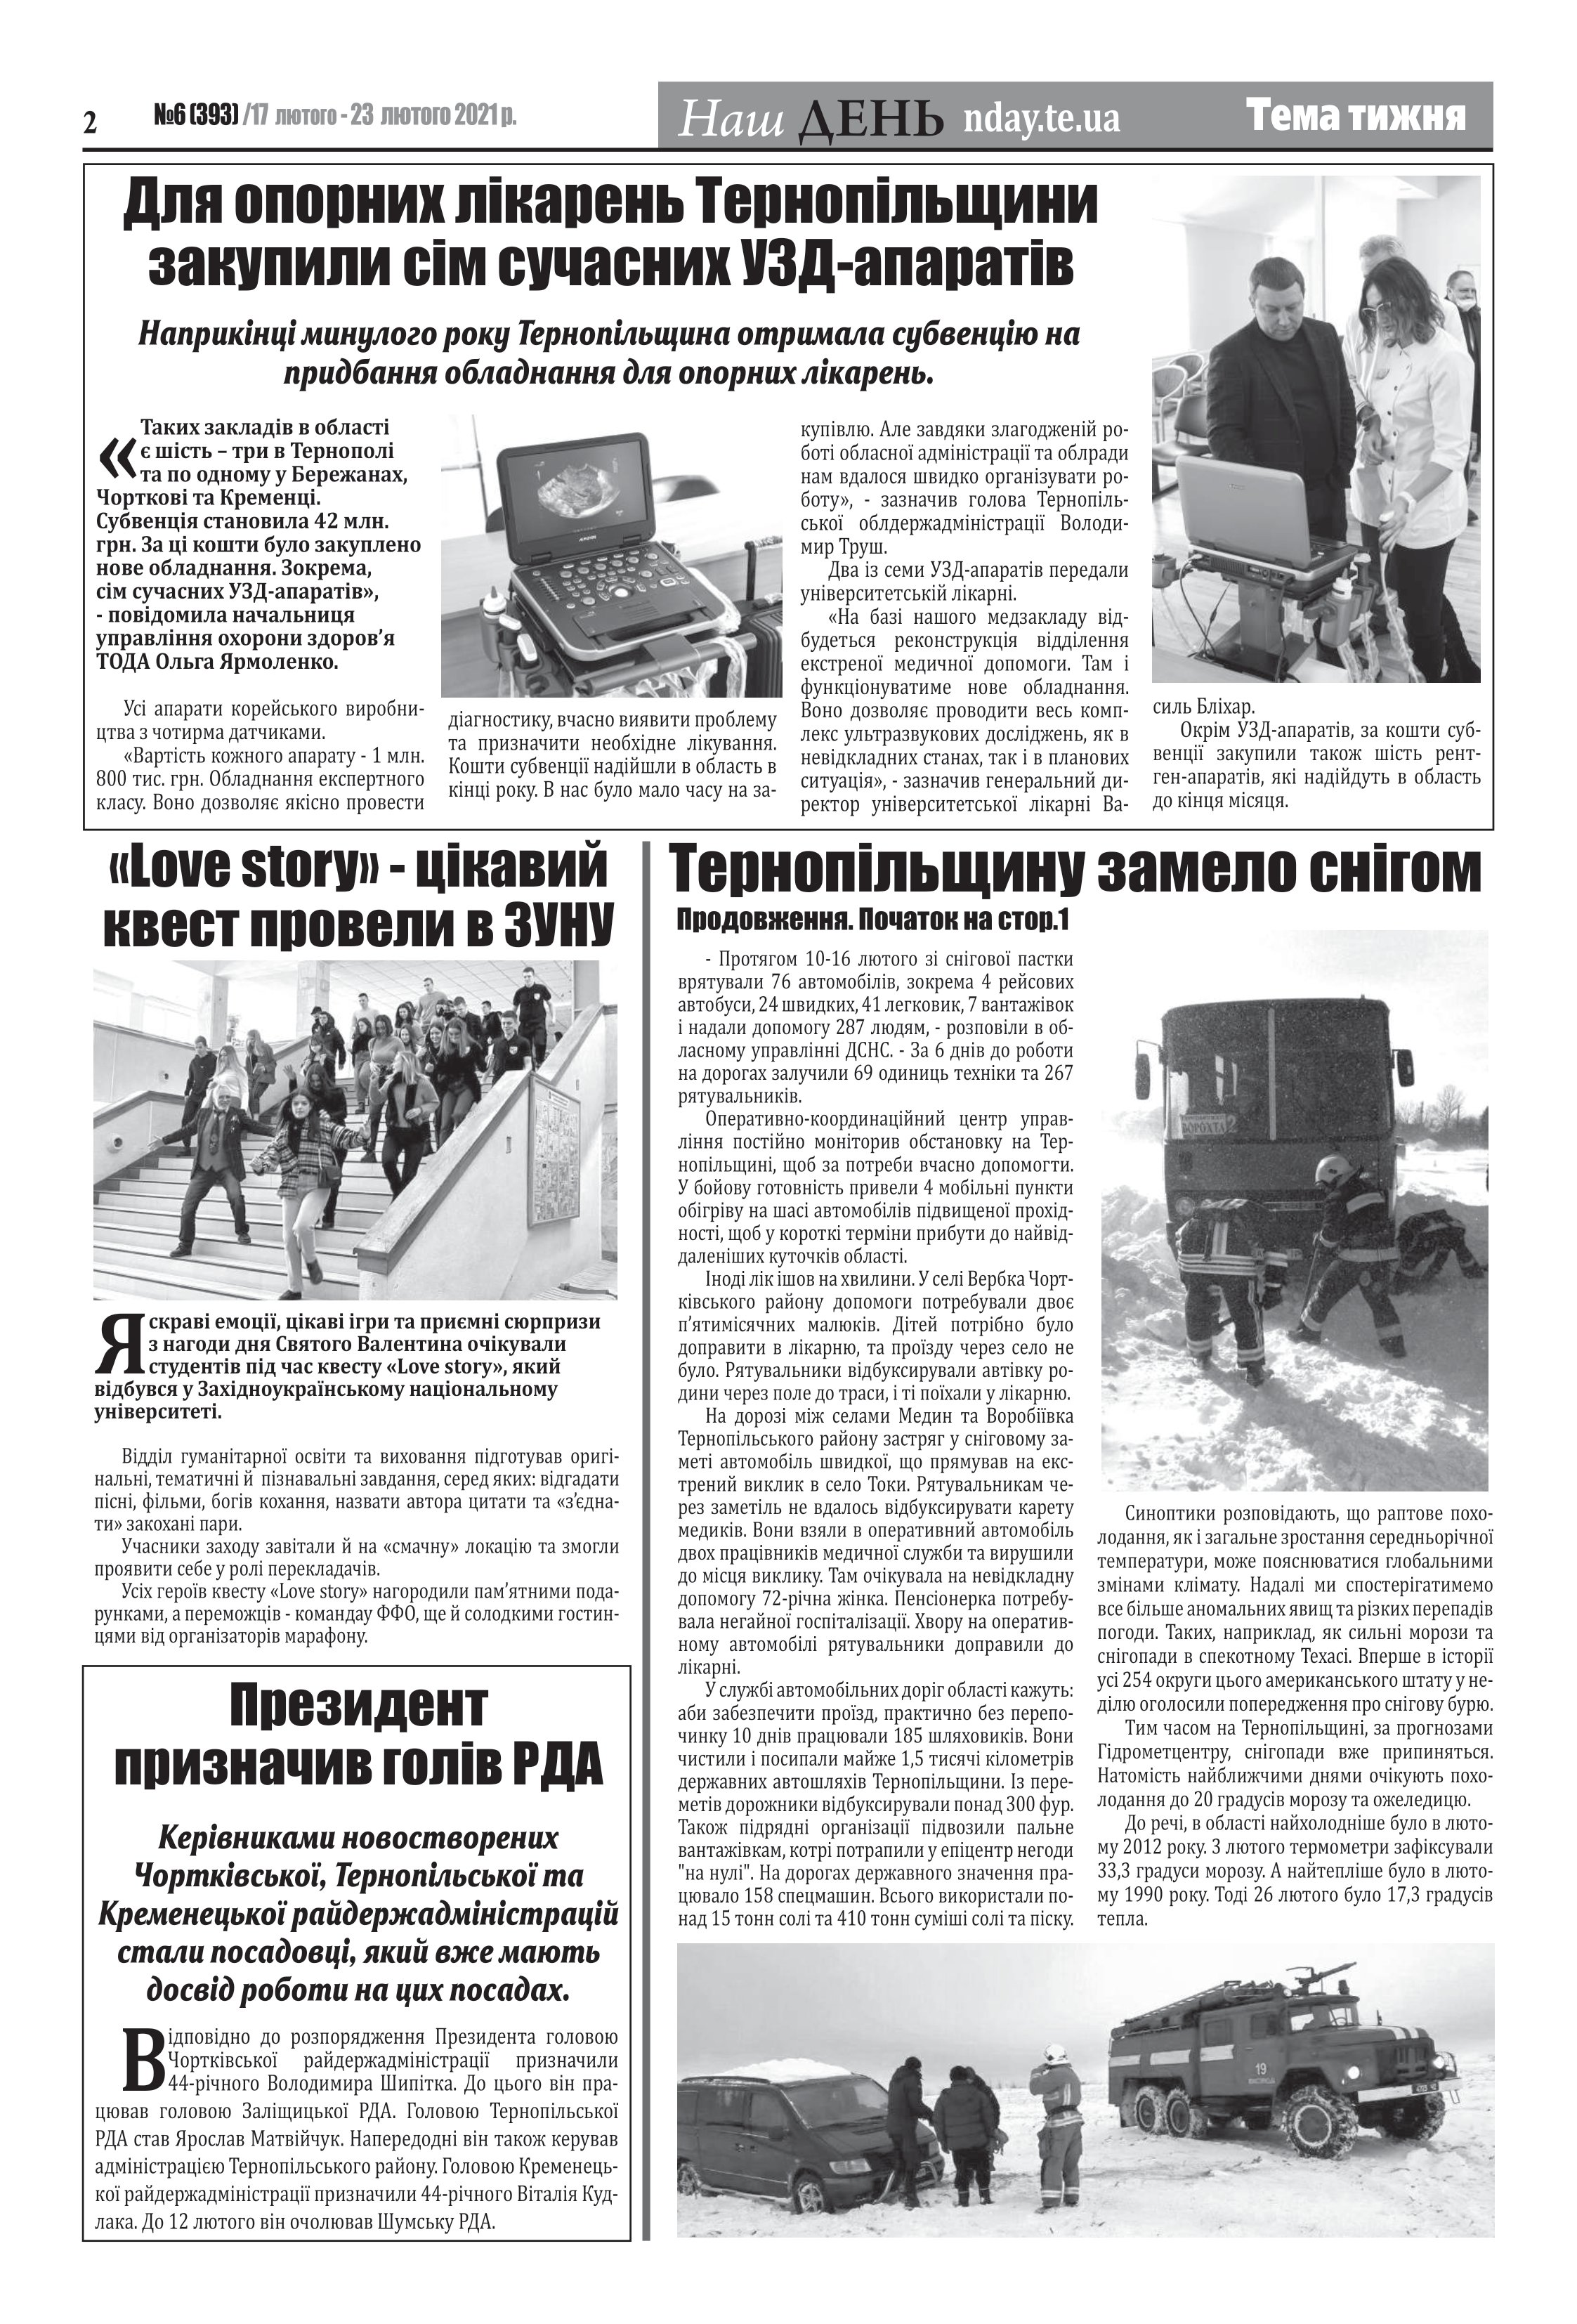
Language: uk